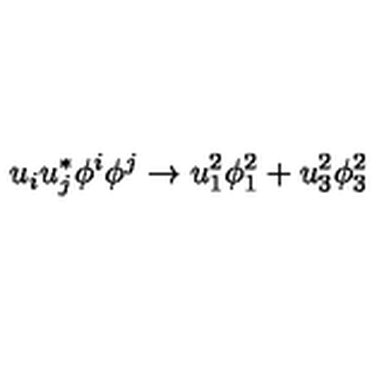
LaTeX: u _ { i } u _ { j } ^ { * } \phi ^ { i } \phi ^ { j } \rightarrow u _ { 1 } ^ { 2 } \phi _ { 1 } ^ { 2 } + u _ { 3 } ^ { 2 } \phi _ { 3 } ^ { 2 }